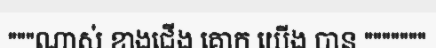
"""ណាស់ ខាងជើង គោក យើង បាន """""""